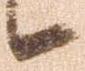
候